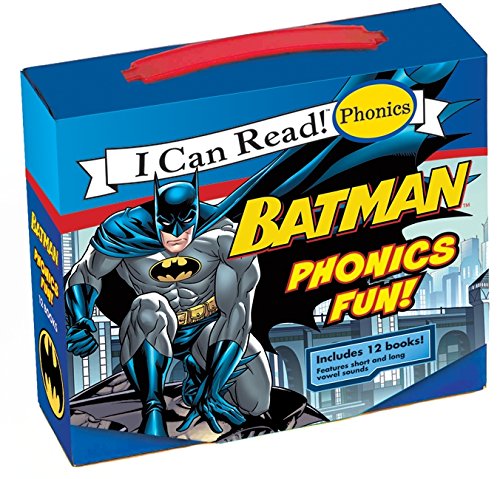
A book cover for Batman Classic: Batman Phonics Fun (My First I Can Read); Lucy Rosen; Children's Books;